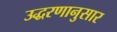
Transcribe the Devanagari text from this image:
उद्धरणानुसार